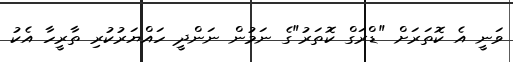
ވަނީ އެ ކޮތަރަށް "ޑްރަގް ކޮތަރު"ގެ ނަމުން ނަންދީ ހައްޔަރުކުރި ތާރީހާ އެކު